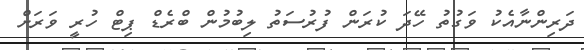
ދަރިންނާއެކު ވަގުތު ހޭދަ ކުރަން ފުރުސަތު ލިބުމުން ބްރެޑް ޕިޓް ހުރީ ވަރަށް